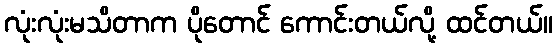
လုံးလုံးမသိတာက ပိုတောင် ကောင်းတယ်လို့ ထင်တယ်။